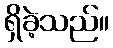
ရှိခဲ့သည်။